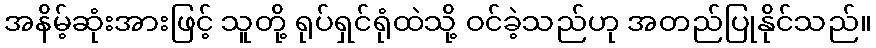
အနိမ့်ဆုံးအားဖြင့် သူတို့ ရုပ်ရှင်ရုံထဲသို့ ဝင်ခဲ့သည်ဟု အတည်ပြုနိုင်သည်။